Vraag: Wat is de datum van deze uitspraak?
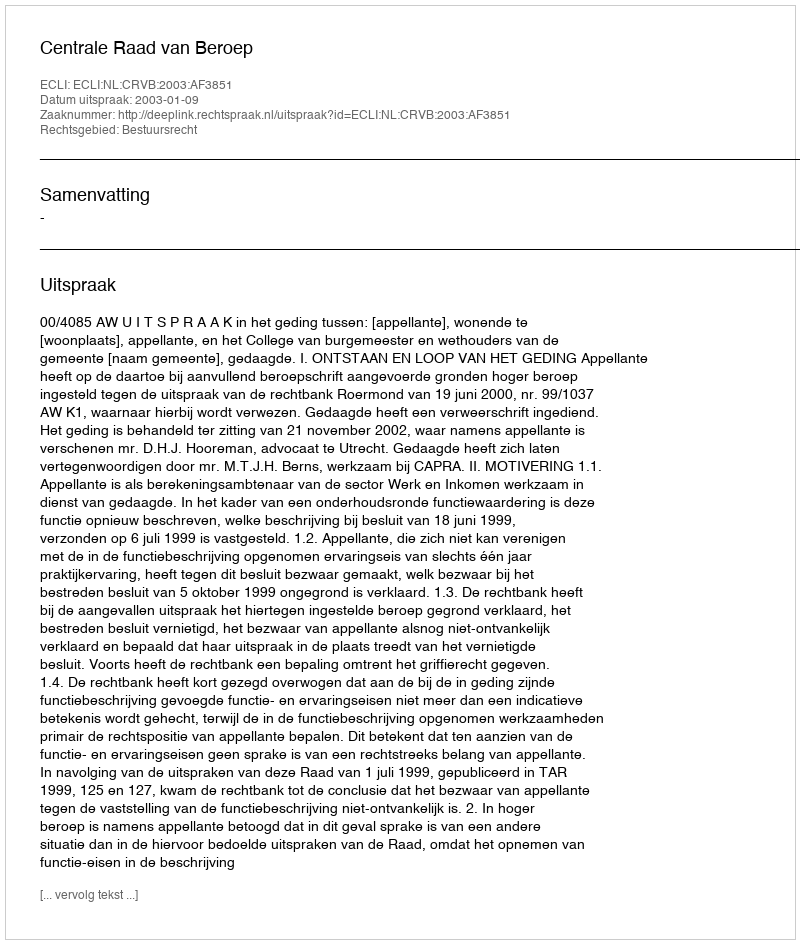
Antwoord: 2003-01-09